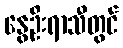
နွေဦးရာသီတွင်